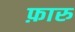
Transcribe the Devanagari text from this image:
फ़ारु